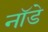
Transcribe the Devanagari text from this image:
नॉडे